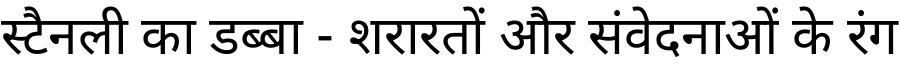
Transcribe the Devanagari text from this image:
स्टैनली का डब्बा - शरारतों और संवेदनाओं के रंग